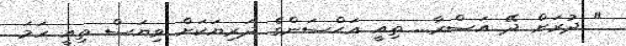
" ދުރަށް ދޭ އަސްރާ... ތިއީ އަޙްސަންގެ ދަރިޔަކަށް ވިޔަސް ތިއީ ހަމަ